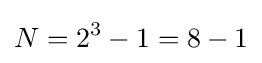
N=2^{3}-1=8-1